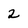
Character: 2